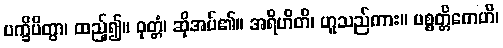
ပက္ခိပိတွာ၊ ထည့်၍။ ဝုတ္တံ၊ ဆိုအပ်၏။ အရိဟိတိ၊ ဟူသည်ကား။ ပစ္စတ္တိကေဟိ၊